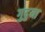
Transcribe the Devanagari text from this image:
गुदुया